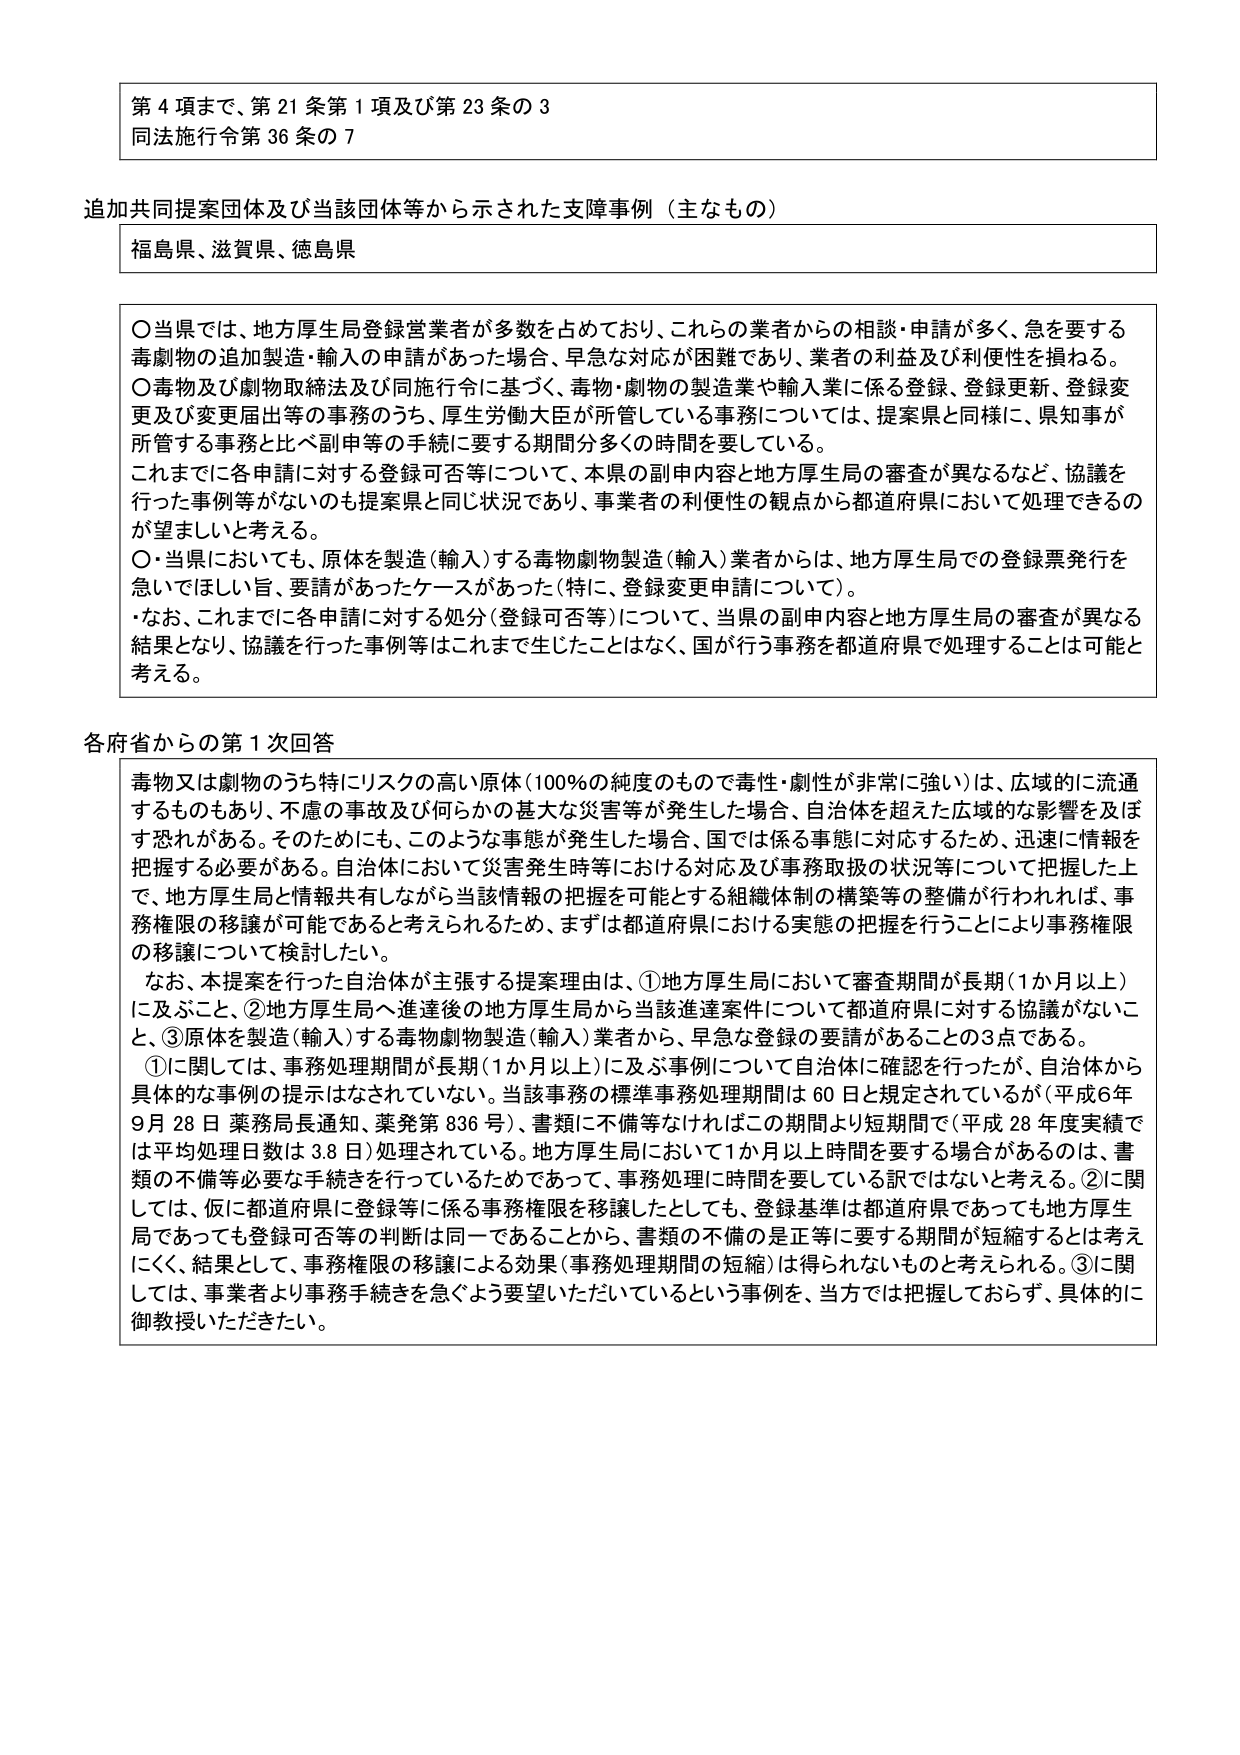
第４項まで、第21条第1項及び第23条の3
同法施行令第36条の7

追加共同提案団体及び当該団体等から示された支援事例（主なもの）
福島県、滋賀県、徳島県

〇当県では、地方厚生局登録営業者が多数を占めており、これらの業者からの相談・申請が多く、急を要する毒劇物の追加製造・輸入の申請があった場合、早急な対応が困難であり、業者の利益及び利便性を損ねる。
〇毒物及び劇物取締法及び同施行令に基づく、毒物・劇物の製造業や輸入業に係る登録、登録更新、登録変更及び変更届出等の事務のうち、厚生労働大臣が所管している事務については、提案県と同様に、県知事が所管する事務と比べ副申等の手続を要する期間分多くの時間を要している。
これまでに各申請に対する登録可否等について、本県の副申内容と地方厚生局の審査が異なるなど、協議を行った事例等がないのも提案県と同じ状況であり、事業者の利便性の観点から都道府県において処理できるのが望ましいと考える。
〇・当県においても、原体を製造（輸入）する毒物劇物製造（輸入）業者からは、地方厚生局での登録票発行を急いでほしい旨、要請があったケースがあった（特に、登録変更申請について）。
・なお、これまでに各申請に対する処分（登録可否等）について、当県の副申内容と地方厚生局の審査が異なる結果となり、協議を行った事例等はこれまで生じたことはなく、国が行う事務を都道府県で処理することは可能と考える。

各府省からの第1次回答
毒物又は劇物のうち特にリスクの高い原体（100％の純度のもので毒性・劇性が非常に強い）は、広域的に流通するものもあり、不慮の事故及び何らかの甚大な災害等が発生した場合、自治体を超えた広域的な影響を及ぼす恐れがある。そのためにも、このような事態が発生した場合、国では係る事態に対応するため、迅速に情報を把握する必要がある。自治体において災害発生時等における対応及び事務取扱の状況等について把握した上で、地方厚生局と情報共有しながら当該情報の把握を可能とする組織体制の構築等の整備が行われれば、事務権限の移譲が可能であると考えられるため、まずは都道府県における実態の把握を行うことにより事務権限の移譲について検討したい。
なお、本提案を行った自治体が主張する提案理由は、①地方厚生局において審査期間が長期（1か月以上）に及ぶこと、②地方厚生局へ進達後の地方厚生局から当該進達案件について都道府県に対する協議がないこと、③原体を製造（輸入）する毒物劇物製造（輸入）業者から、早急な登録の要請があることの3点である。
①に関しては、事務処理期間が長期（1か月以上）に及ぶ事例について自治体に確認を行ったが、自治体から具体的な事例の提示はなされていない。当該事務の標準事務処理期間は60日と規定されているが（平成6年9月28日薬務局長通知、薬発第836号）、書類に不備等なければこの期間より短期間で（平成28年度実績では平均処理日数は3.8日）処理されている。地方厚生局において1か月以上時間を要する場合があるのは、書類の不備等必要な手続きを行っているためであって、事務処理に時間を要している訳ではないと考える。②に関しては、仮に都道府県に登録等に係る事務権限を移譲したとしても、登録基準は都道府県であっても地方厚生局であっても登録可否等の判断は同一であることから、書類の不備の是正等に要する期間が短縮するとは考えにくく、結果として、事務権限の移譲による効果（事務処理期間の短縮）は得られないものと考えられる。③に関しては、事業者より事務手続きを急ぐよう要望いただいているという事例を、当方では把握しておらず、具体的に御教示いただきたい。